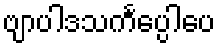
ဗျာပါဒသင်္ကပ္ပေါပေ